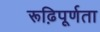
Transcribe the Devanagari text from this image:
रूढ़िपूर्णता